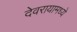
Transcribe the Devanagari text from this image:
देवरायामध्ये